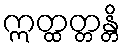
ဣတ္ထတ္တန္တိ